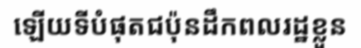
ឡើយទីបំផុតជប៉ុនដឹកពលរដ្ឋខ្លួន